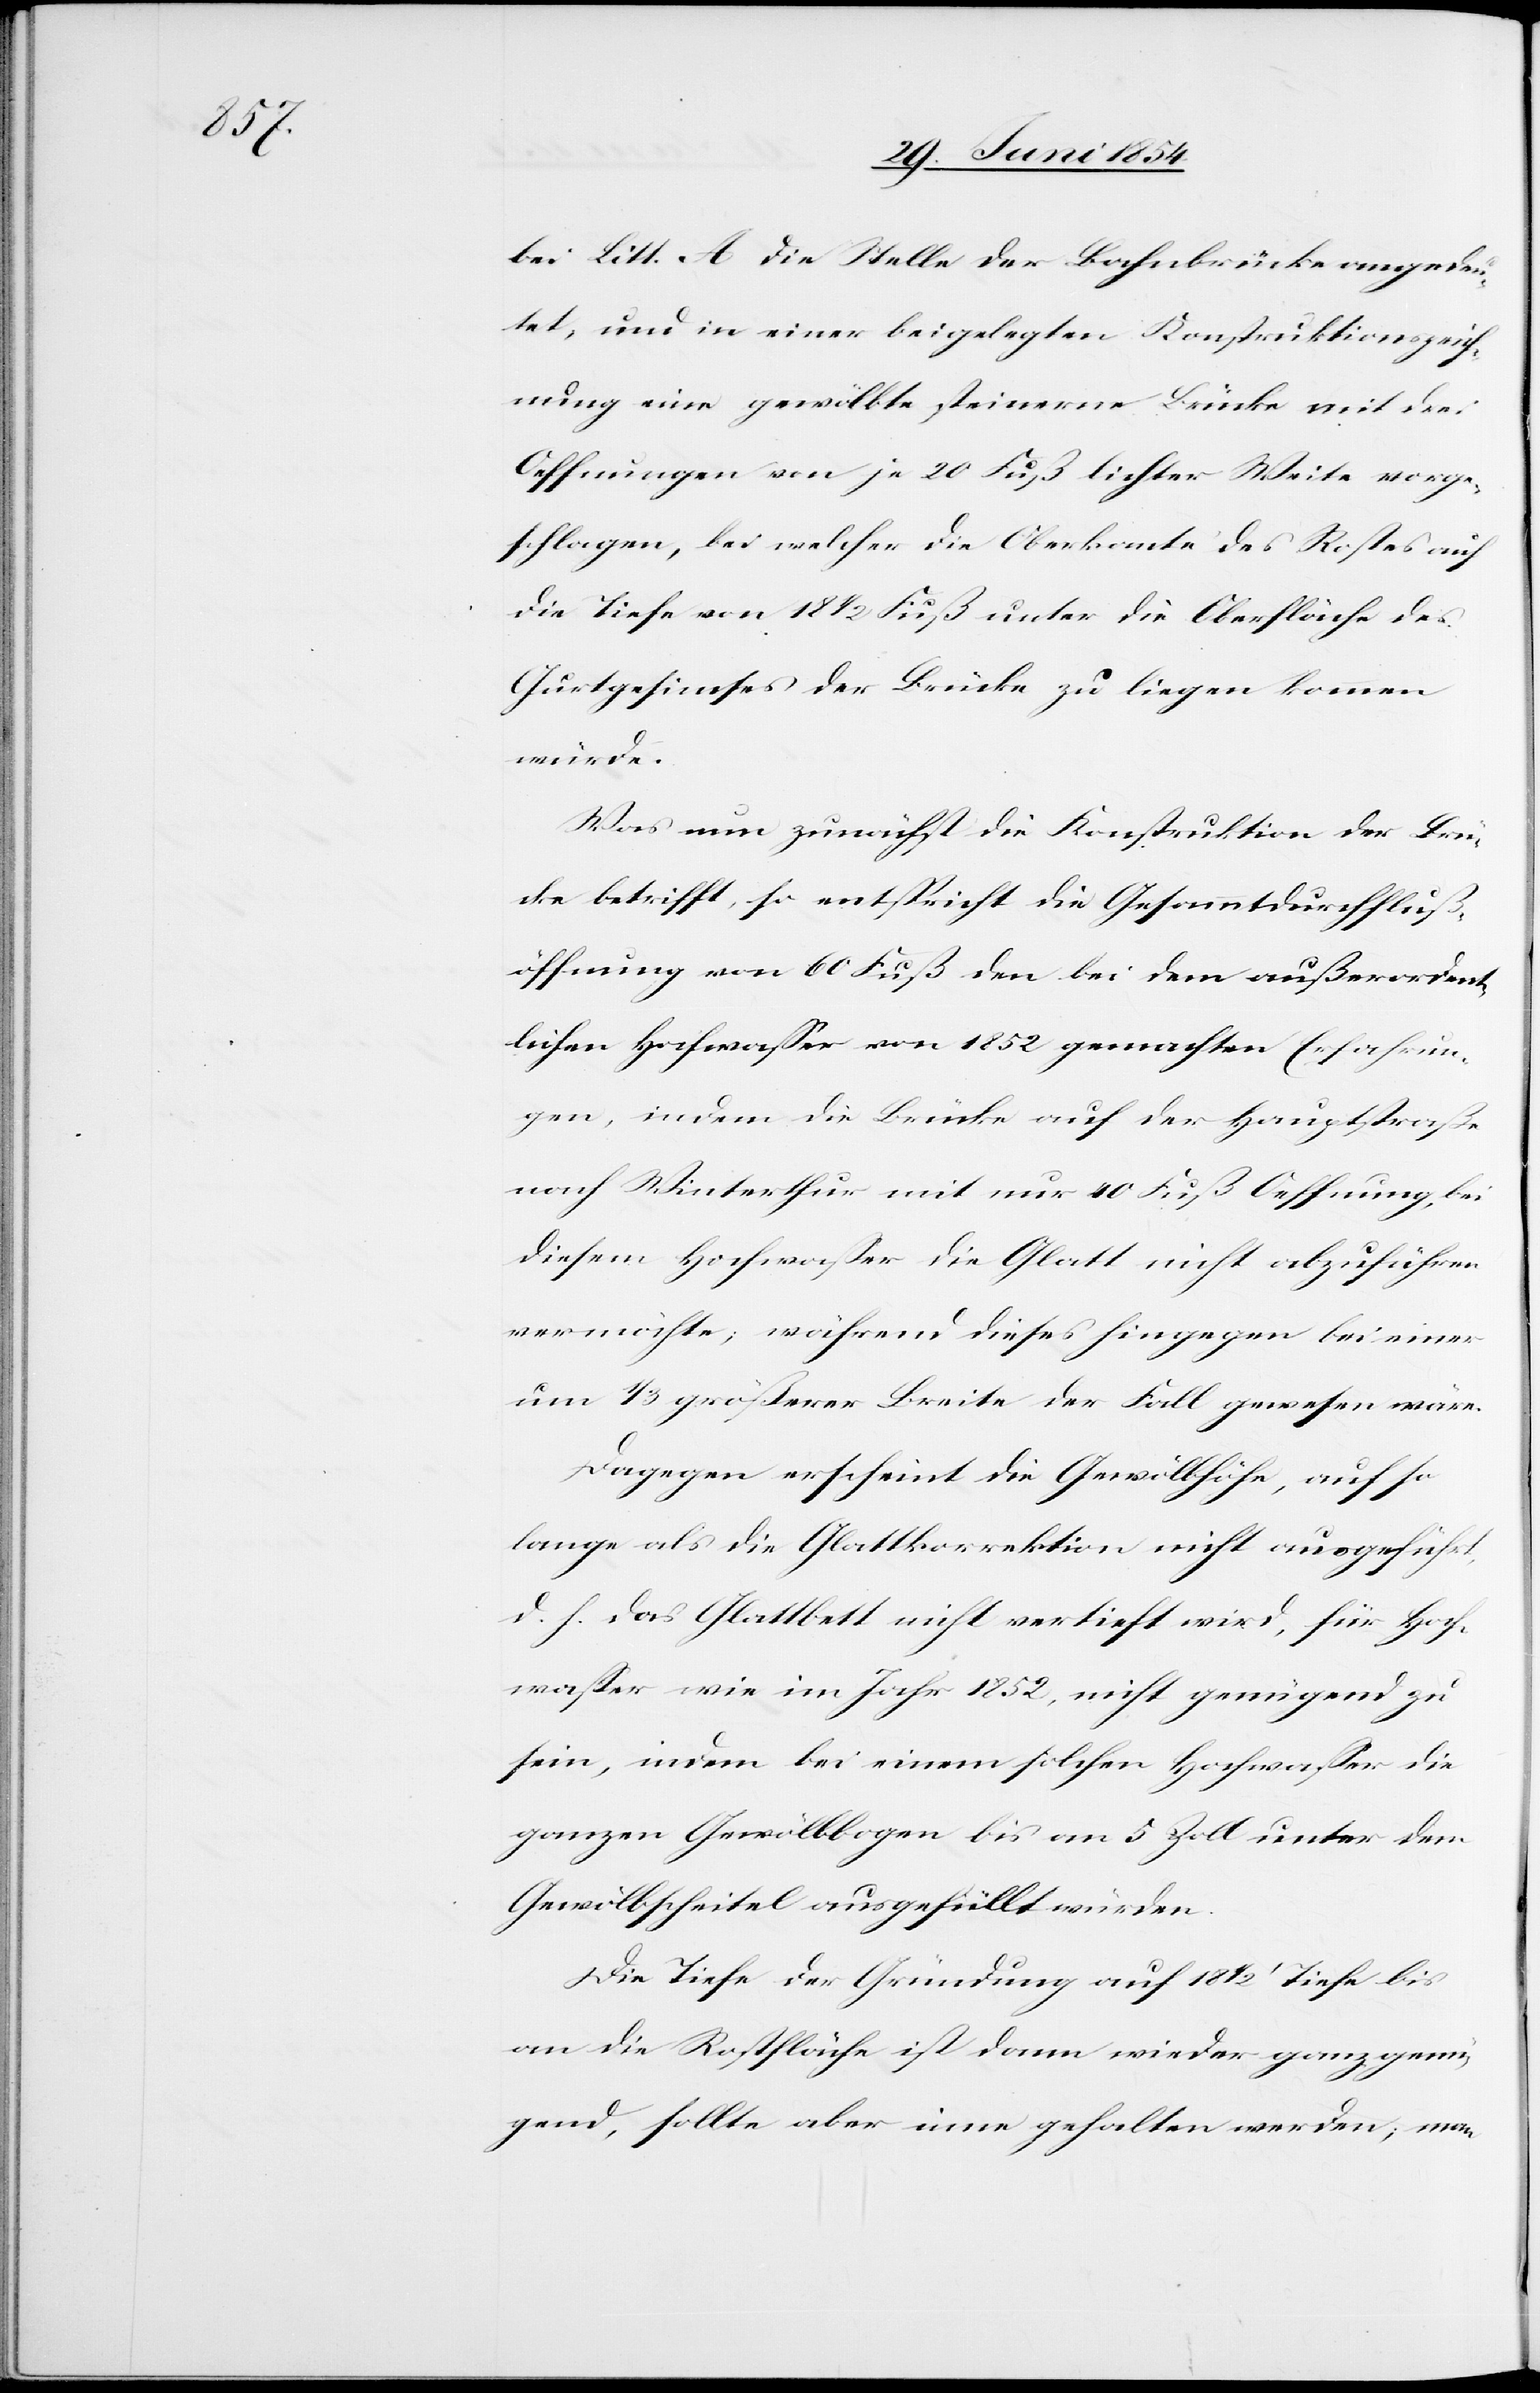
bei Litt. A die Stelle der Bahnbrücke angedeu¬
tet, und in einer beigelegten Konstruktionszeich¬
nung eine gewölbte steinerne Brücke mit drei
Oeffnungen von je 20 Fuß lichter Weite vorge¬
schlagen, bei welcher die Oberkante des Rostes auf
die Tiefe von 18 1/2 Fuß unter die Oberfläche des
Gurtgesimses der Brücke zu liegen kommen
würde.
Was nun zunächst die Konstruktion der Brü¬
cke betrifft, so entspricht die Gesammtdurchfluß¬
öffnung von 60 Fuß den bei dem außerordent¬
lichen Hochwaßer von 1852 gemachten Erfahrun¬
gen, indem die Brücke auf der Hauptstraße
nach Winterthur mit nur 40 Fuß Oeffnung, bei
diesem Hochwaßer die Glatt nicht abzuführen
vermöchte; während dieses hingegen bei einer
um 1/3 größerer Breite der Fall gewesen wäre.
Dagegen erscheint die Gewölbhöhe, auf so
lange als die Glattkorrektion nicht ausgeführt,
d. h. das Glattbett nicht vertieft wird, für Hoch¬
waßer wie im Jahr 1852, nicht genügend zu
sein, indem bei einem solchen Hochwaßer die
ganzen Gewölbbogen bis an 5 Zoll unter dem
Gewölbscheitel ausgefüllt würden.
Die Tiefe der Gründung auf 18 1/2‘ Tiefe bis
an die Rostfläche ist dann wieder ganz genü¬
gend, sollte aber inne gehalten werden; man